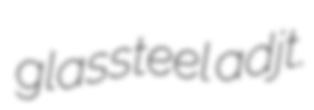
glassteel adjt.